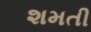
શમતી